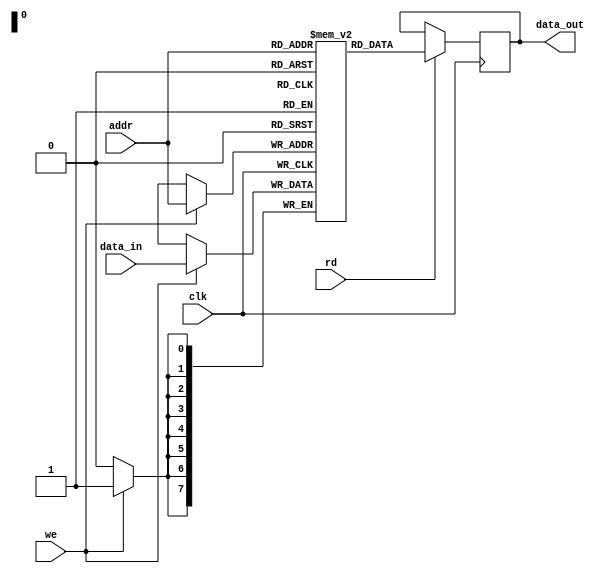
module ram_memory(
  input clk,
  input [ADDR_WIDTH-1:0] addr,
  input [DATA_WIDTH-1:0] data_in,
  input rd,
  input we,
  output reg [DATA_WIDTH-1:0] data_out
);
  parameter integer ADDR_WIDTH = 8;
  parameter integer DATA_WIDTH = 8;

  reg [DATA_WIDTH-1:0] ram[0:(2 ** ADDR_WIDTH)-1] /* verilator public_flat */;
  
  parameter FILENAME = "";

  initial
  begin
    if (FILENAME!="")
		  $readmemh(FILENAME, ram);
  end

  always @(posedge clk)
  begin
    if (we)
      ram[addr] <= data_in;
    if (rd)
      data_out <= ram[addr];
  end
endmodule